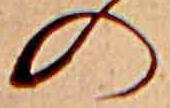
の